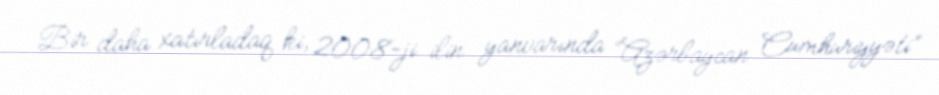
Bir daha xatırladaq ki, 2008-ji ilin yanvarında “Azərbaycan Cumhuriyyəti”